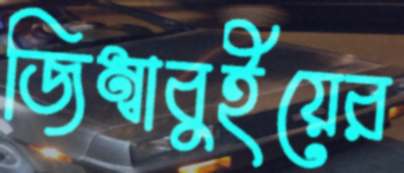
জিম্বাবুইয়ের